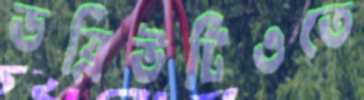
ডব্লিউটিওতে